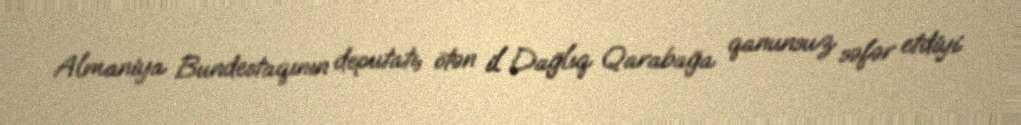
Almaniya Bundestaqının deputatı, ötən il Dağlıq Qarabağa qanunsuz səfər etdiyi